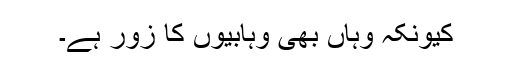
کیونکہ وہاں بھی وہابیوں کا زور ہے۔